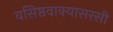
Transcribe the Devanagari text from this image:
वसिष्ठवाक्यासरसी